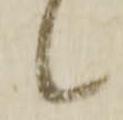
候